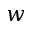
\boldsymbol w